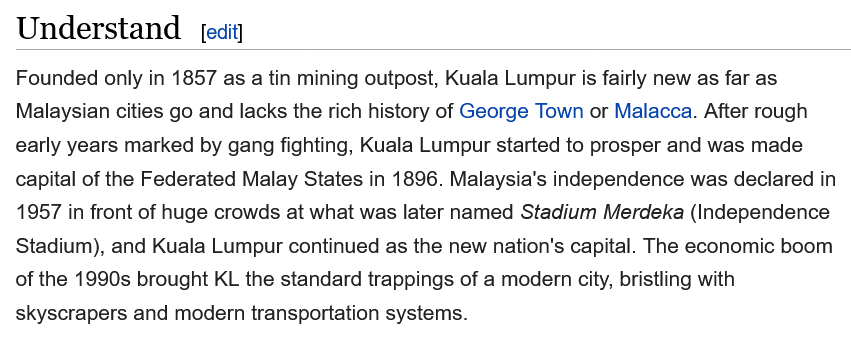
Founded only in 1857 as a tin mining outpost, Kuala Lumpur is fairly new as far as
  Malaysian cities go and lacks the rich history of George Town or Malacca. After rough
  early years marked by gang fighting, Kuala Lumpur started to prosper and was made
  capital of the Federated Malay States in 1896. Malaysia's independence was declared in
  1957 in front of huge crowds at what was later named Stadium Merdeka (Independence
  Stadium), and Kuala Lumpur continued as the new nation's capital. The economic boom
  of the 1990s brought KL the standard trappings of a modern city, bristling with
  skyscrapers and modern transportation systems.
  Understand    [edit]